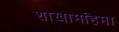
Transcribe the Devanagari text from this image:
शाखामहिमा